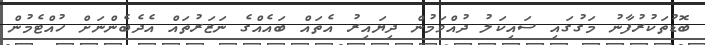
ބޮޑުތަކުރުފާނު މަގުގައި ސައިކަލު ދުއްވަމުން ދިޔައިރު އެތައް ބައެއްގެ ނަޒަރުތައް އެދެބެންނަށް ހުއްޓެމުން